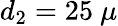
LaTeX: d_{2}=25\ \mu